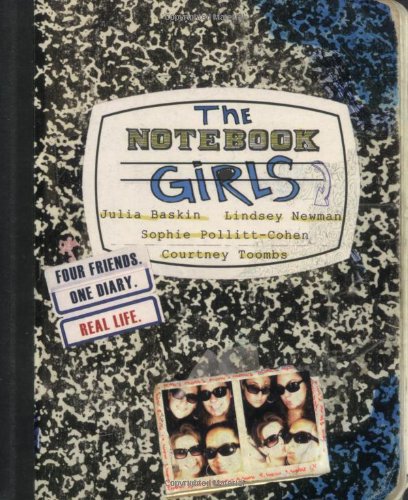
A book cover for The Notebook Girls: Four Friends, One Diary; Julia Baskin; Teen & Young Adult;